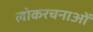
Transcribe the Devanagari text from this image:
लोकरचनाओं